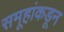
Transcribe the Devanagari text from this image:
समूहांकडून